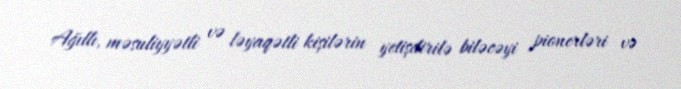
Ağıllı, məsuliyyətli və ləyaqətli kişilərin yetişdirilə biləcəyi pionerləri və